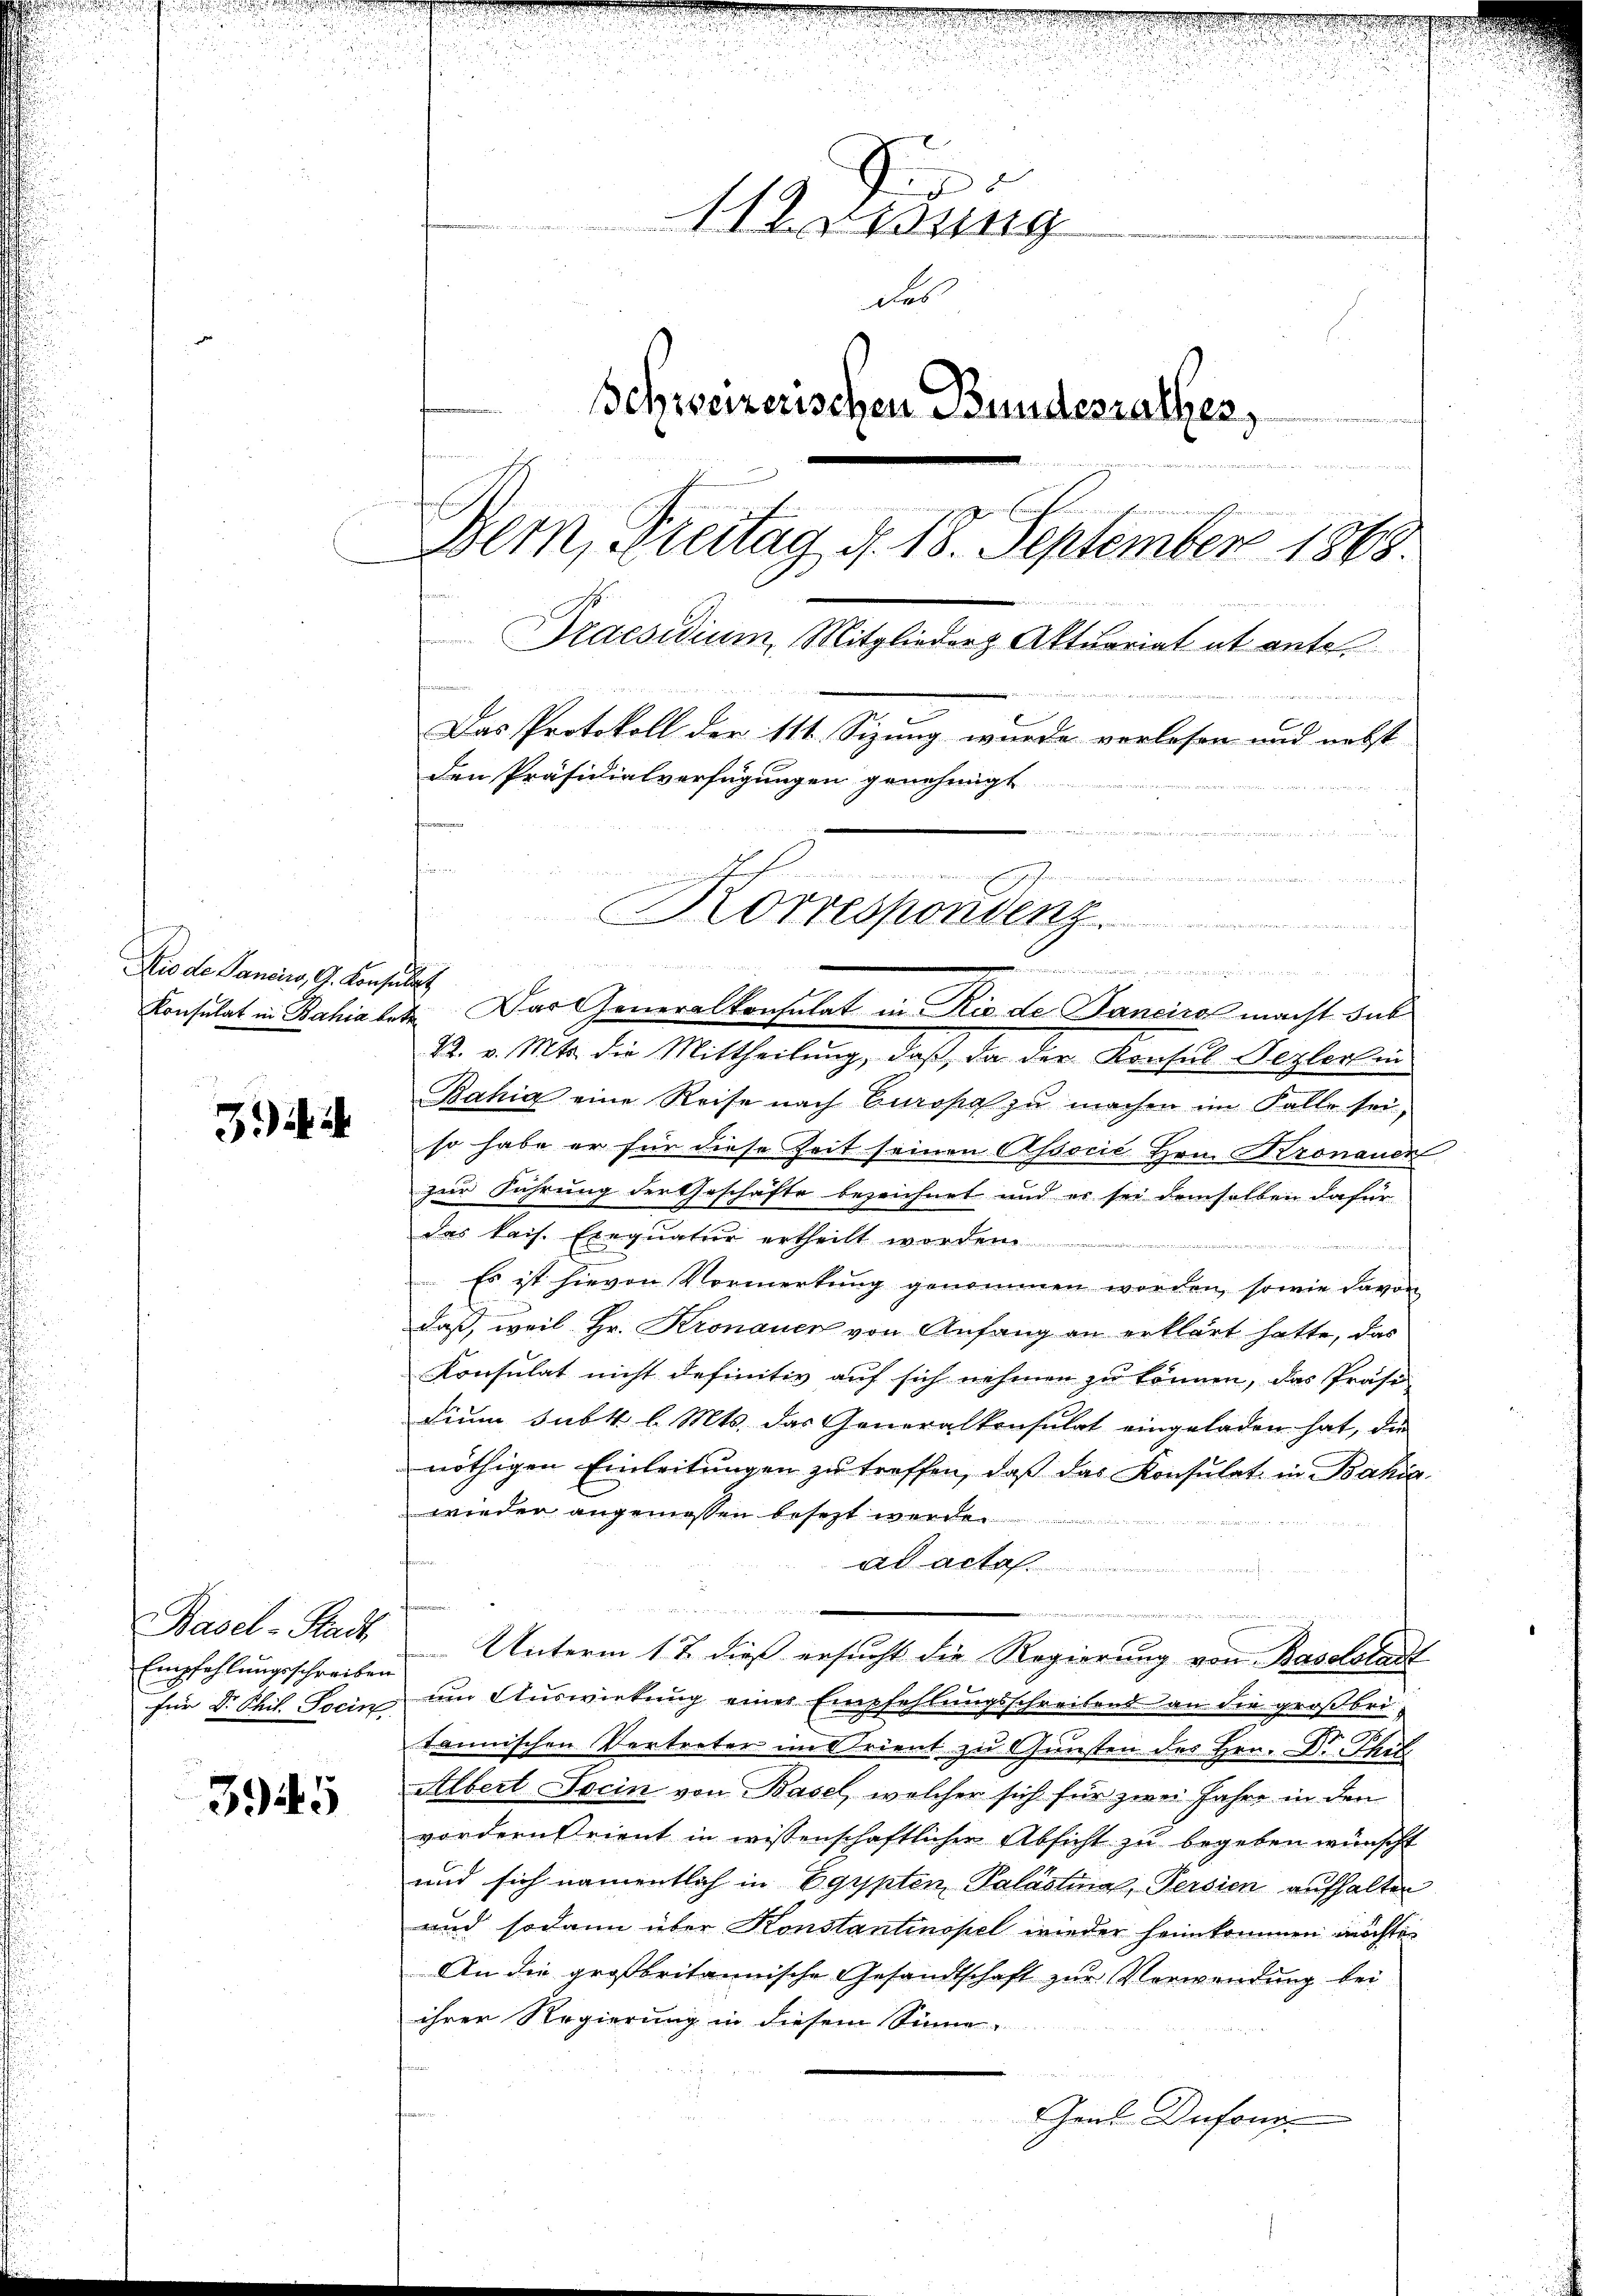
Sio de Pancirs, G. Konsulat

39 i

Basel-Stadt
Empfehlungsschreiben
für Dr. Phil. Socin

3945

u

risung
des
.
Schweizerischen Bundesrathes,
m

 Seite
gewie
Bem, Dreitag d. 18. September 1865.
Praesidium, Mitglieders Aktuariat et antes
nd
Das Protokoll der 111. Sizung wurde verlesen und nebst
den Präsidialverfügungen genehmigt
isten mit
r
dam den denen gere verwürmlichen schwehren ein keinen einen ein wird die anderung die innern dann wiedener
Korrespondenz.

Krimination
Konsulat in Bahia letz. Das Generalkonsulat in Ric. de Janeirol macht dab

22. v. Mts. die Mittheilung, daß, da der Konsul Nezlorten
Bahia eine Reise nach Europa zu machen im Falle sei,
so habe er für diese Zeit seinen Associé Hrn. Kronauen
zur Führung der Geschäfte bezeichnet und es sei demselben dafür
das kais. Exequatur ertheilt worden

 Es ist hievon Vormerkung genommen worden, sowie davon
daß, weil Hr. Kronauer von Anfang an erklärt hatte, das
Konsulat nicht definitiv auf sich nehmen zu können, das Präse
dium Subk l. Mts. das Generalkonsulat eingeladen hat, die
nöthigen Einleitŭngen zŭ treffen, daβ das Konsulat in Bahia
wieder angemessen besezt werde.
ad acta
m
Unterm 1 t dieß ersucht die Regierung von Baselstadt
um Auswirkung einer Empfehlungsschreibens an die großbritannischen Vertreter im Trient zu Gunsten des Hrn. Dr. That.
Albert Socin von Basel, welcher sich für zwei Jahre in den
vordern Orient in wissenschaftlicher Absicht zu begeben wünscht
und sich namentlich in Egypten Palästina Persien aufhalten
und sodann über Konstantinopel wieder heimkommen möchte
An die großbritannische Gesandtschaft zur Verwendung bei
ihrer Regierung in diesem Sinne
Gheil Dufonge